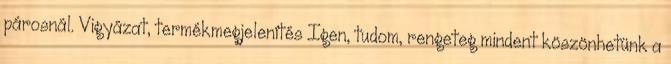
párosnál. Vigyázat, termékmegjelenítés Igen, tudom, rengeteg mindent köszönhetünk a